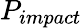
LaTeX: P_{impact}